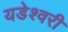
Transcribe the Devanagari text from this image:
यडेश्वरी